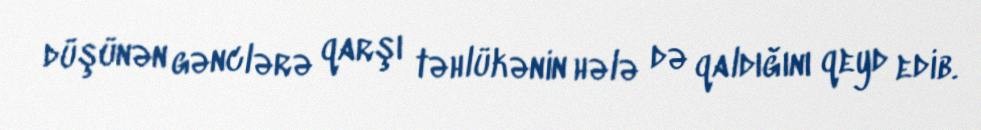
düşünən gənclərə qarşı təhlükənin hələ də qaldığını qeyd edib.